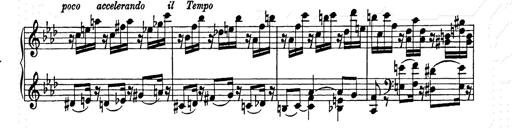
Title: Weinen, Klagen, Sorgen, Zagen
Composer: Franz Liszt